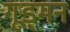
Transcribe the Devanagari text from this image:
गूड्मन